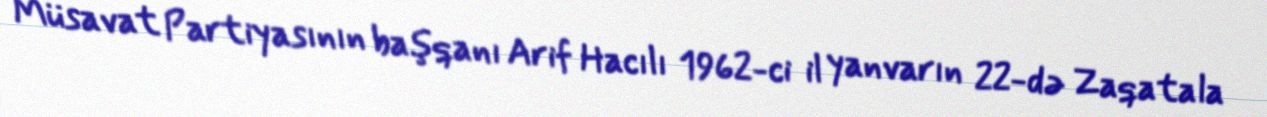
Müsavat Partiyasının başqanı Arif Hacılı 1962-ci il yanvarın 22-də Zaqatala